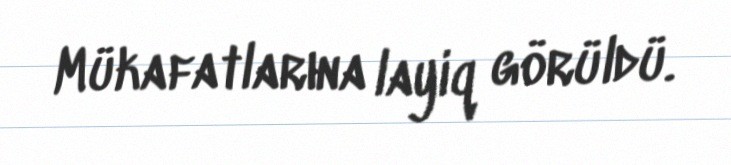
Mükafatlarına layiq görüldü.